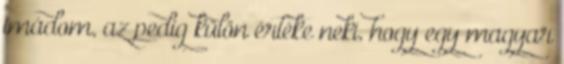
imádom, az pedig külön értéke neki, hogy egy magyar